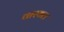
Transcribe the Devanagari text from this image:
वारयल